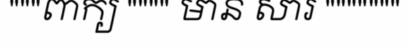
"""ពាក្យ """" មាន សារ """""""